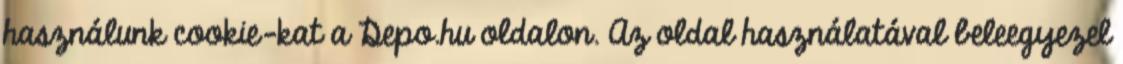
használunk cookie-kat a Depo.hu oldalon. Az oldal használatával beleegyezel